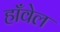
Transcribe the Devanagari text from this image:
हाँवेल